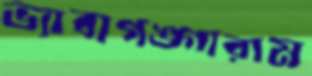
ভ্যাবাগঙ্গারাম